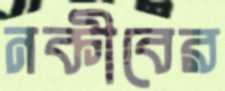
নকীবের